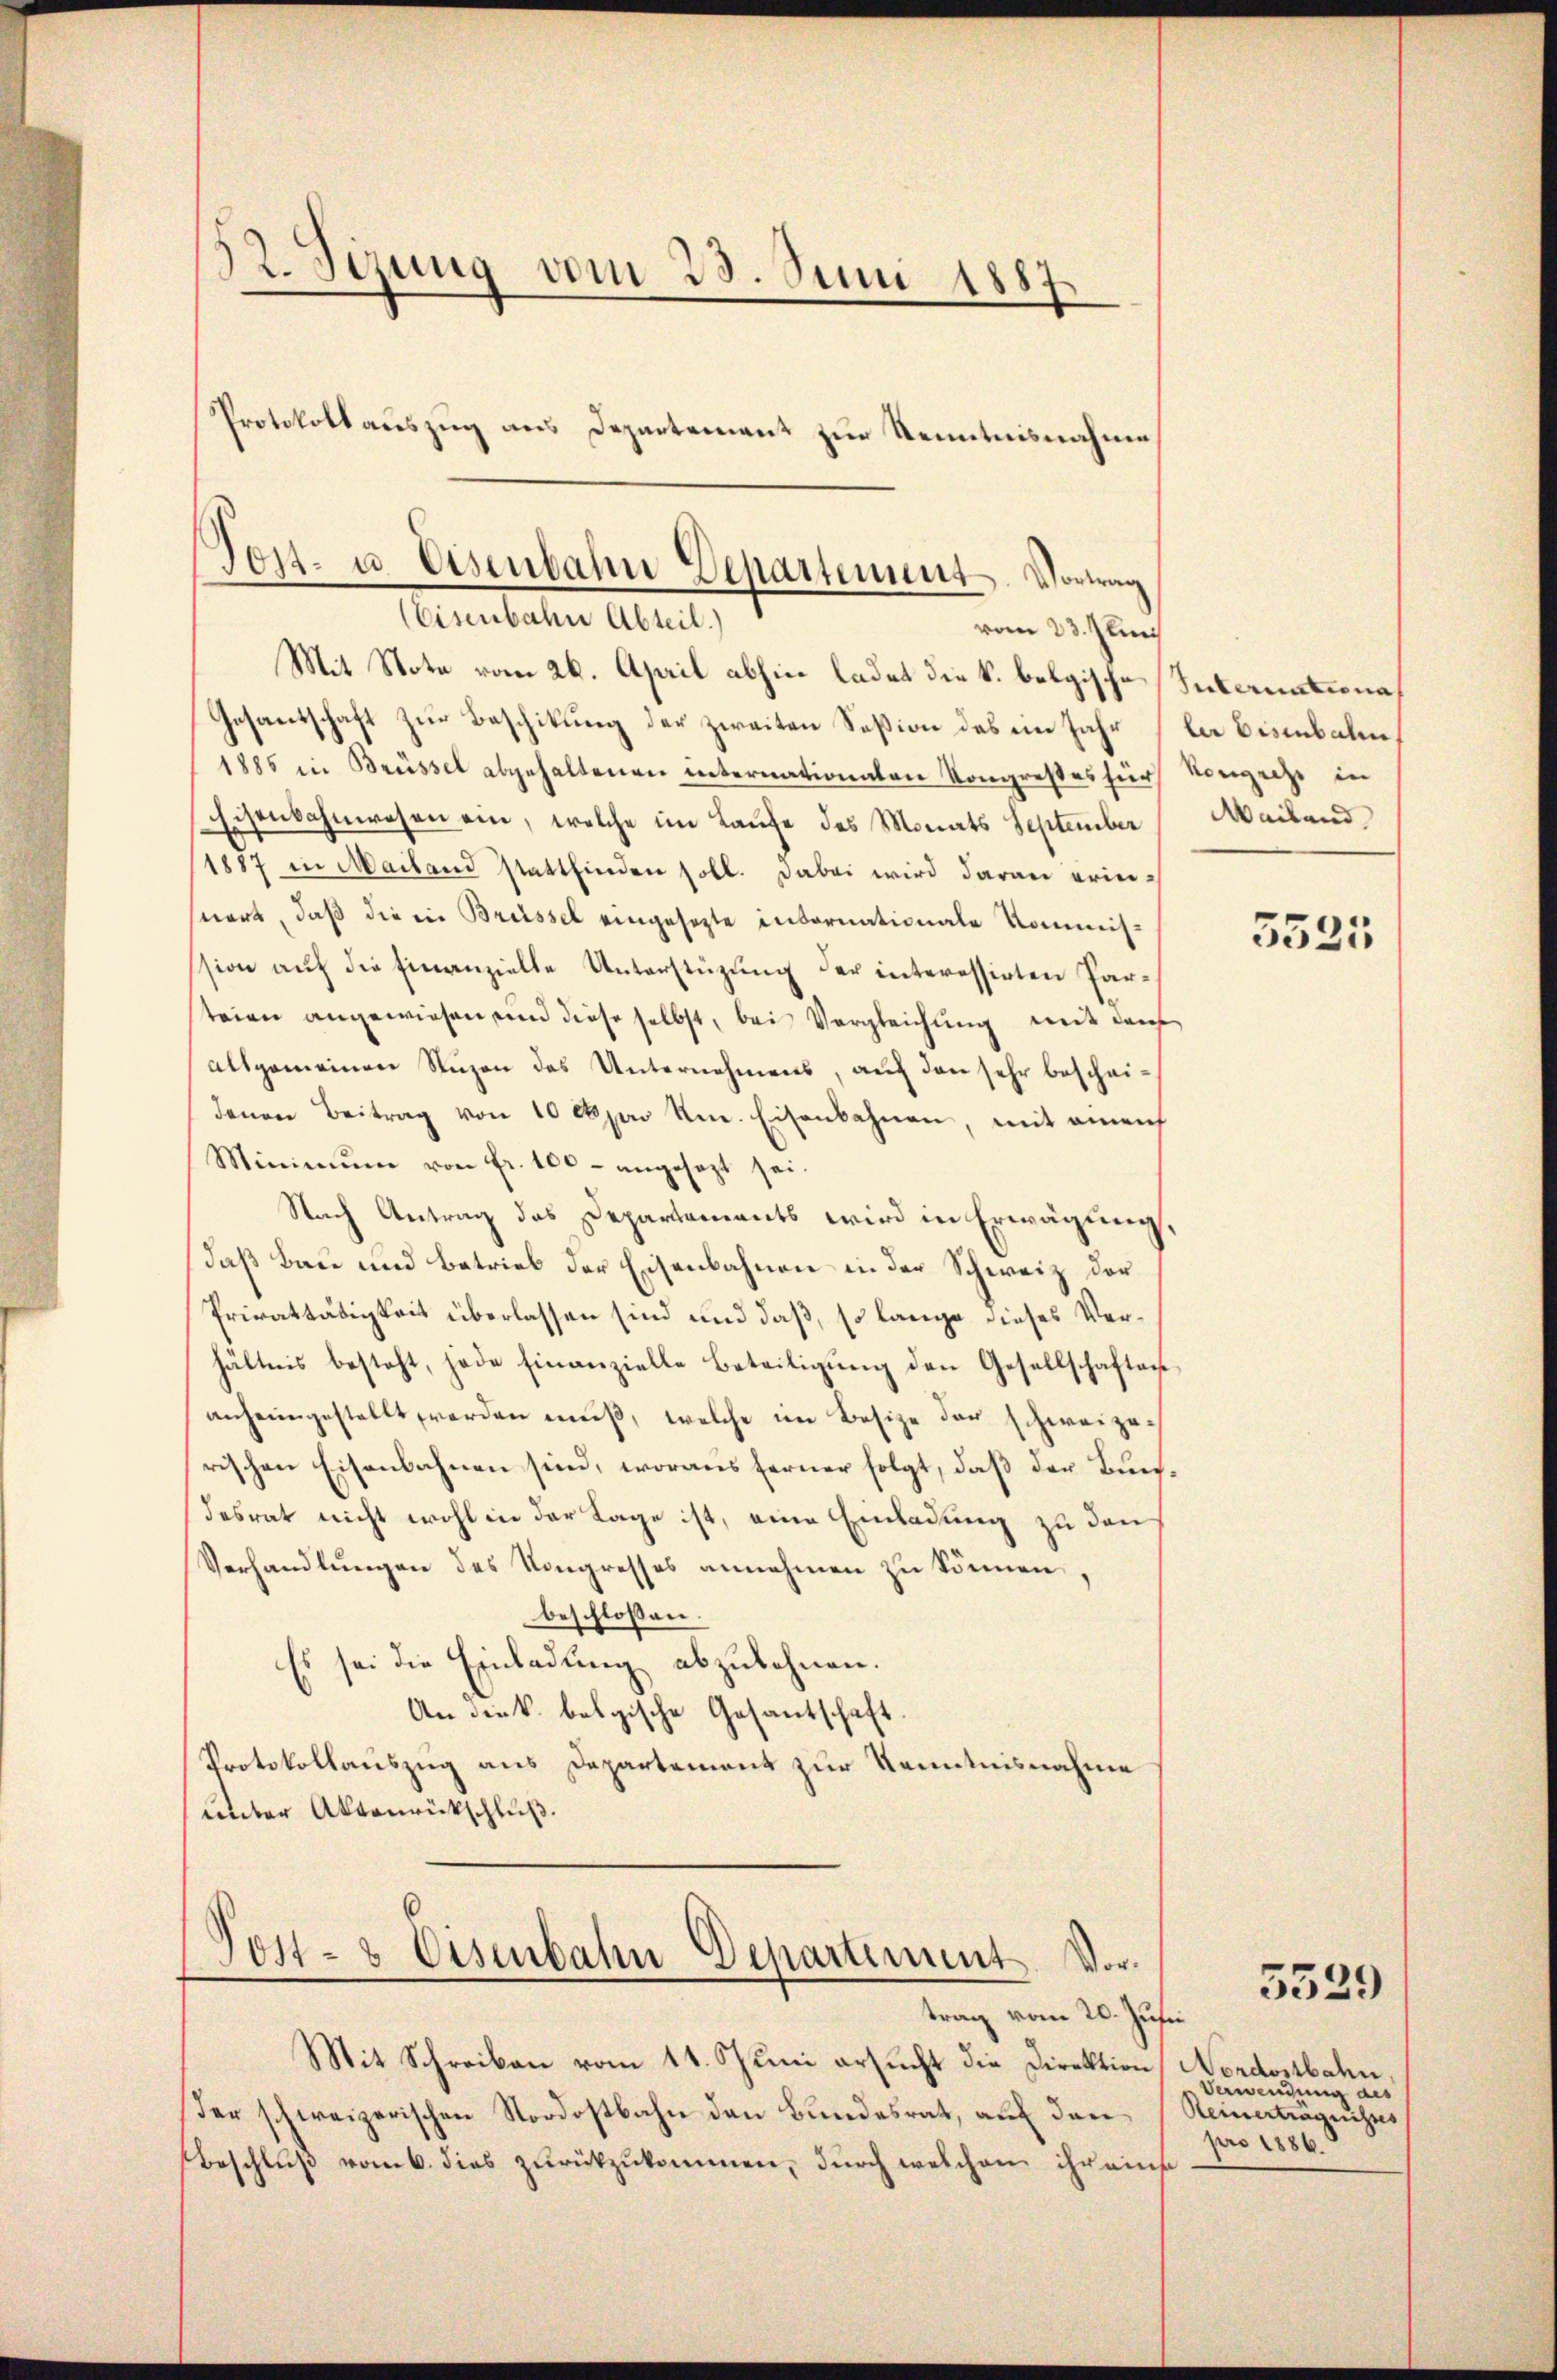
32. Sezung vom 23. Juni 1887.
Protokoll auszug aus Departement zur Kenntnisnahme

Mit Note vom 26. April abhin ladet die k. belgische
Gesantschaft zur Beschikung der zweiten Seßion des im Jahr
1885 in Brüssel abgehaltenen internationaten Kongreßes für Vorgehe in
Eisenbahnwesen ein, welche im Laufe des Monats September
1887 in Mailand stattfinden soll. Dabei wird daran erinseiart, daß die in Brüssel eingesezte infornationale Kommission auf die Finanzielle Unterstüzung der interessirten Parsteien angewiesen und diese selbst, bei Vergleichung mit dem
allgemeinen Stuzen des Unternehmens, auf den sehr bescheidenen Beitrag von 10 cson um. Eisenbahnen, mit einen
Minimum von fr. 100 - angesezt sei.
Nach Antrag das Departements wird in Erwägung,
daß Bau und betrieb der Eisenbahnen in der Schweiz der
Privattätigkeit überlassen sind und daß, so lange dieses Verhältnis besteht, jede Finanzielle Beteiligŭng den Gesellschaften
anheimgestellt werden muß, welche im Besize der schweizerischen Eisenbahnen sind, woraus ferner folgt, daß der Bundesrat nicht wohl in der Lage ist, eine Einladung zu den
Verhandlungen des Kongresses annehmen zu können,
beschlossen:
Es sei die Einladung abzulehnen.
An die k. belgische Gesantschaft
Protokollauszug aus Departement zur Kenntnisnahme
unter Aktenrückschluß.

Tost- u. Eisenbahn Departement. Vortrag
Eisenbahn Abteil)
vom 23. Junii

Post- & Eisenbahn Departement. Vortrag vom 20. Jusii

Mit Schreiben vom 11. Juni ersucht die Direktion
Der schweizerischen Nordostbahn den Bundesrat, auf den
Beschluß vom 6. dies zurückzukommen, durch welchen ihr eins

Internationa
ler Eisenbalen
Mailand

5525

Nordostbahn.
Verwendung des
Reinertragnisses
pro 1886.

5529